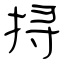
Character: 挦